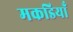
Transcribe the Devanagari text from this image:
मकडियाँ